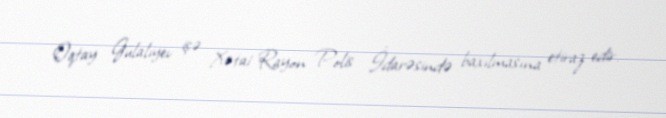
Oqtay Gülalıyev işə Xətai Rayon Polis İdarəsində baxılmasına etiraz edir.